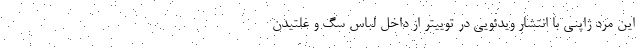
این مرد ژاپنی با انتشار ویدئویی در توییتر از داخل لباس سگ و غلتیدن